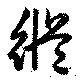
縦